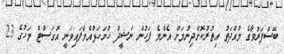
ބޭސްފަރުވާގެ މުއްދަތު އިތުރުކޮށްދިނުމަށް އެންމެ ފަހުން ނަޝީދު ހުށަހަޅުއްވާފައިވަނީ އޮގަސްޓް މަހުގެ 23